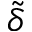
\tilde { \delta }